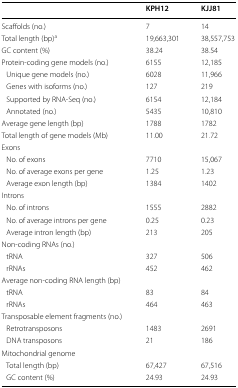
|  | KPH12 | KJJ81 |
 | --- | --- | --- |
 | Scaffolds (no.) | 7 | 14 |
 | Total length (bp)a | 19,663,301 | 38,557,753 |
 | GC content (%) | 38.24 | 38.54 |
 | Protein-coding gene models (no.) | 6155 | 12,185 |
 | Unique gene models (no.) | 6028 | 11,966 |
 | Genes with isoforms (no.) | 127 | 219 |
 | Supported by RNA-Seq (no.) | 6154 | 12,184 |
 | Annotated (no.) | 5435 | 10,810 |
 | Average gene length (bp) | 1788 | 1782 |
 | Total length of gene models (Mb) | 11.00 | 21.72 |
 | <COLSPAN=3> Exons |
 | No. of exons | 7710 | 15,067 |
 | No. of average exons per gene | 1.25 | 1.23 |
 | Average exon length (bp) | 1384 | 1402 |
 | <COLSPAN=3> Introns |
 | No. of introns | 1555 | 2882 |
 | No. of average introns per gene | 0.25 | 0.23 |
 | Average intron length (bp) | 213 | 205 |
 | <COLSPAN=3> Non-coding RNAs (no.) |
 | tRNA | 327 | 506 |
 | rRNAs | 452 | 462 |
 | <COLSPAN=3> Average non-coding RNA length (bp) |
 | tRNA | 83 | 84 |
 | rRNAs | 464 | 463 |
 | <COLSPAN=3> Transposable element fragments (no.) |
 | Retrotransposons | 1483 | 2691 |
 | DNA transposons | 21 | 186 |
 | <COLSPAN=3> Mitochondrial genome |
 | Total length (bp) | 67,427 | 67,516 |
 | GC content (%) | 24.93 | 24.93 |